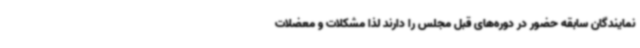
نمایندگان سابقه حضور در دوره‌های قبل مجلس را دارند لذا مشکلات و معضلات